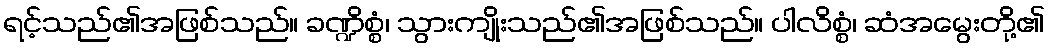
ရင့်သည်၏အဖြစ်သည်။ ခဏ္ဍိစ္စံ၊ သွားကျိုးသည်၏အဖြစ်သည်။ ပါလိစ္စံ၊ ဆံအမွေးတို့၏